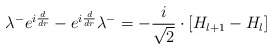
\begin{align*}\lambda ^{-}e^{i\frac {d}{dr}}-e^{i\frac {d}{dr}}\lambda^{-}=-\frac {i}{\sqrt{2}}\cdot \left[ H_{l+1}-H_{l}\right]\end{align*}